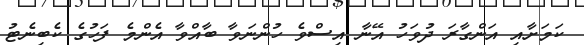
ކަމަށާއި އަންގާރަ ދުވަހު އޭނާ އިސްވެ ހުންނަވާ ބާއްވާ އެންމެ ފަހުގެ ކެބިނެޓު